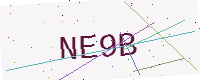
Text: NE9B